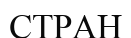
СТРАН